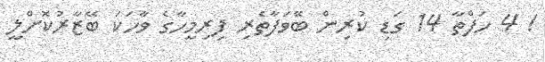
! 4 ހަފްތާ 14 ގަޑި ކުރިން ބޭވަފާތެރި ފިރިމީހާގެ ވާހަކަ ބޭޒާރުކޮށްލީ